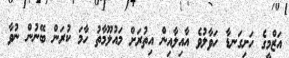
އަޒްމީގެ ހަށިގަނޑާ ހަވާލުވެ އާއިލާއިން އިތުރަށް މައުލޫމާތު ހާމަ ކުރަން ބޭނުން ނުވާ